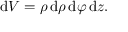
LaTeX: \mathrm { d } V = \rho \, \mathrm { d } \rho \, \mathrm { d } \varphi \, \mathrm { d } z .